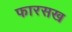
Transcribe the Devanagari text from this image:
फारसख